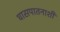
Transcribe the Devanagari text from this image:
घासपातनाशी